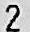
2